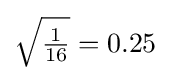
{\sqrt {\tfrac {1}{16}}}=0.25